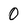
Character: 0